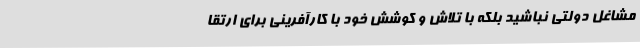
مشاغل دولتی نباشید بلکه با تلاش و کوشش خود با کارآفرینی برای ارتقا